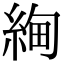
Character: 𬗚